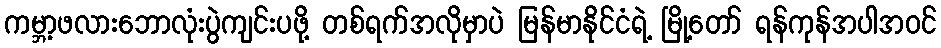
ကမ္ဘာ့ဖလားဘောလုံးပွဲကျင်းပဖို့ တစ်ရက်အလိုမှာပဲ မြန်မာနိုင်ငံရဲ့ မြို့တော် ရန်ကုန်အပါအဝင်